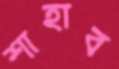
শাহাব